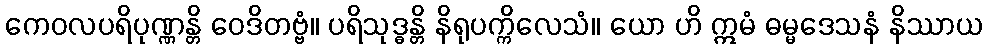
ကေဝလပရိပုဏ္ဏန္တိ ဝေဒိတဗ္ဗံ။ ပရိသုဒ္ဓန္တိ နိရုပက္ကိလေသံ။ ယော ဟိ ဣမံ ဓမ္မဒေသနံ နိဿာယ